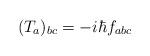
LaTeX: \begin{align*} (T_a)_{bc} = - i\hbar f_{abc}\end{align*}